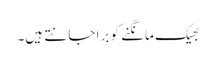
بھیک مانگنے کو برا جانتے ہیں۔